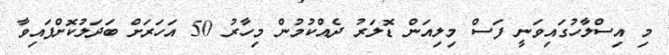
މި އިސްލާހުގައިވަނީ ފަސް މިލިއަން ޑޮލަރު ދެއްކުމުން މިހާރު 50 އަހަރަށް ބަދަލުކޮށްފައިވާ